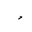
Letter: _dal